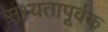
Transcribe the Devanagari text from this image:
सभ्यतापूर्वक